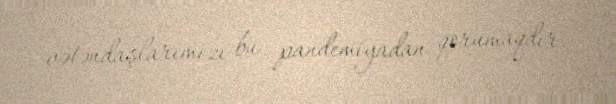
vətəndaşlarımızı bu pandemiyadan qorumaqdır.